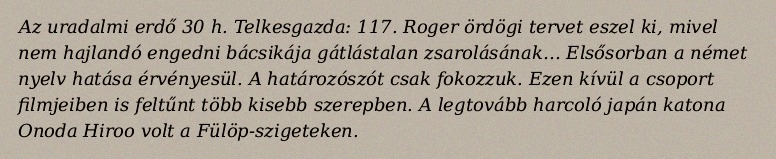
Az uradalmi erdő 30 h. Telkesgazda: 117. Roger ördögi tervet eszel ki, mivel nem hajlandó engedni bácsikája gátlástalan zsarolásának… Elsősorban a német nyelv hatása érvényesül. A határozószót csak fokozzuk. Ezen kívül a csoport filmjeiben is feltűnt több kisebb szerepben. A legtovább harcoló japán katona Onoda Hiroo volt a Fülöp-szigeteken.